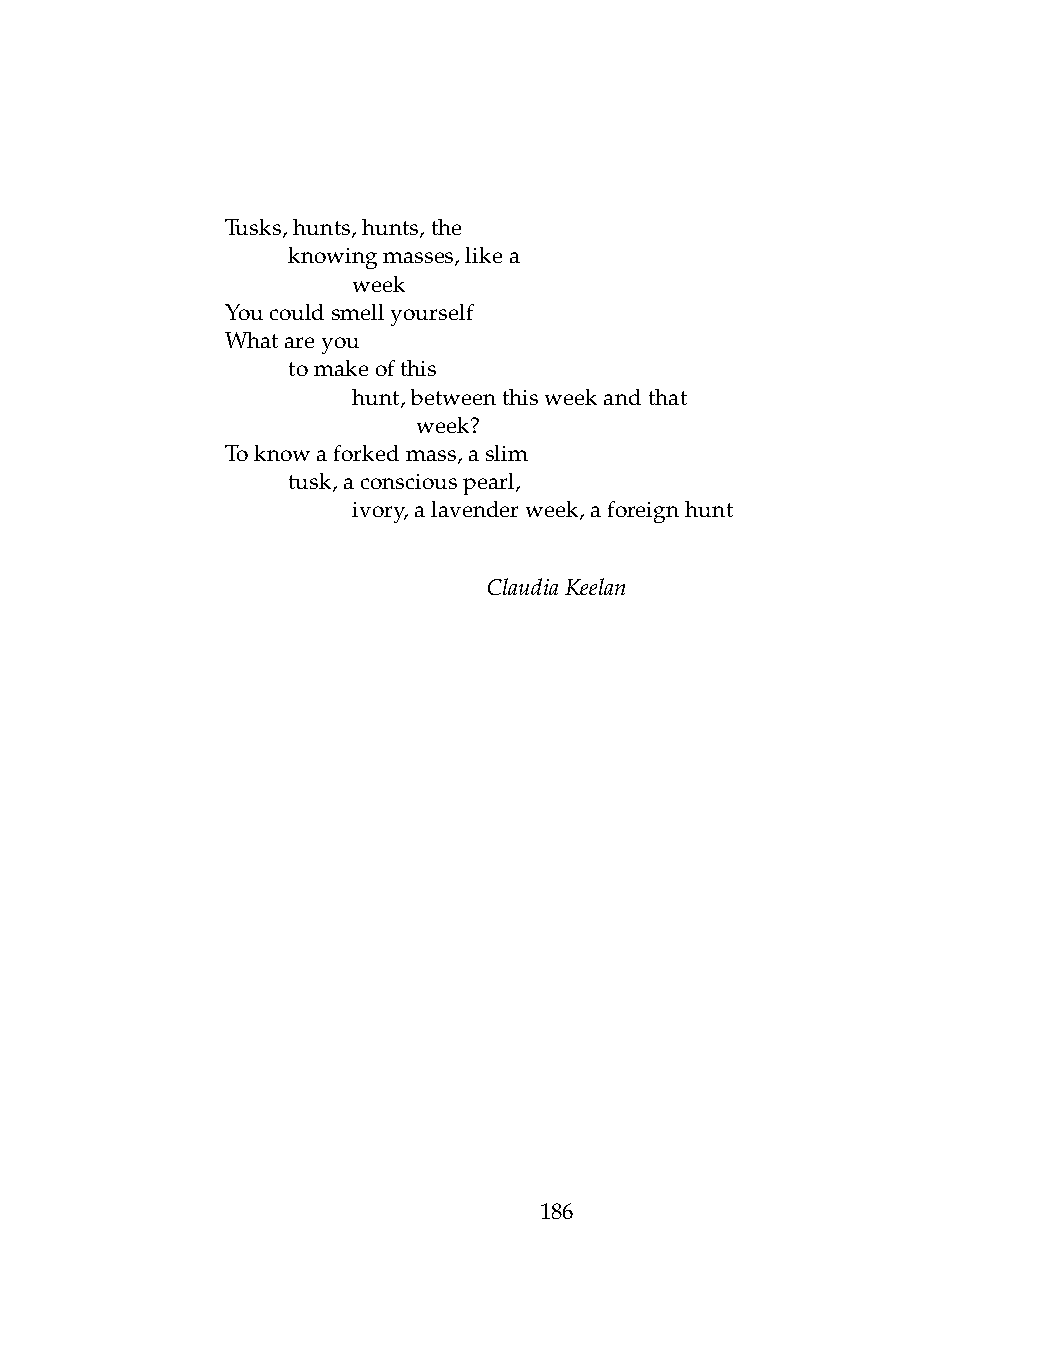
Tusks,hunts,hunts,the
 .   knowingmasses,likea
 .   .   week
 Youcouldsmellyourself
 Whatareyou
 .   tomakeofthis
 .   .   hunt,betweenthisweekandthat
 .   .   .    week?
 Toknowaforkedmass,aslim
 .   tusk,aconsciouspearl,
 .   .   ivory,alavenderweek,aforeignhunt
 ClaudiaKeelan
 186